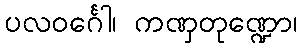
ပလဝင်္ဂေါ၊ ကဏှတုဏ္ဍော၊